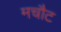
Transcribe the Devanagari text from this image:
मचौट